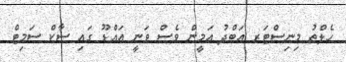
ހެލްތު މިނިސްޓަރ އަބްދު އަމީން ވެސް ވަނީ އައްޑޫ ގައި ސާކް ސަމިޓް